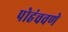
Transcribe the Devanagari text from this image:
पोहंचवणे